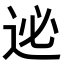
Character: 𨒜